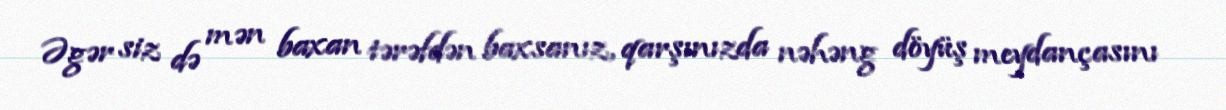
Əgər siz də mən baxan tərəfdən baxsanız, qarşınızda nəhəng döyüş meydançasını